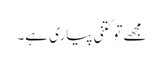
مجھے تو کتنی پیاری ہے۔